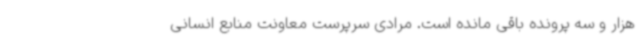
هزار و سه پرونده باقی مانده است. مرادی سرپرست معاونت منابع انسانی